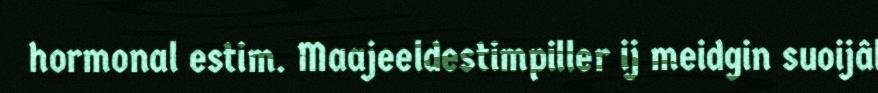
hormonal estim. Maajeeldestimpiller ij meidgin suoijâl